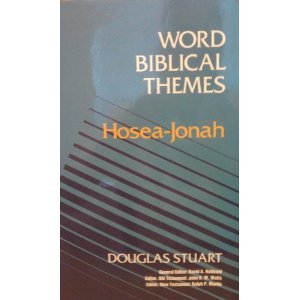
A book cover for Hosea-Jonah (Word Biblical Themes); Douglas K. Stuart; Christian Books & Bibles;